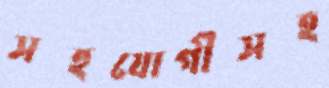
সহযোগীসহ